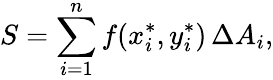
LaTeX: S=\sum_{i=1}^{n}f(x_{i}^{*},y_{i}^{*})\, \Delta A_{i},